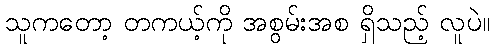
သူကတော့ တကယ့်ကို အစွမ်းအစ ရှိသည့် လူပဲ။